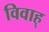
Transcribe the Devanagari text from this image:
विवाह्